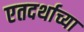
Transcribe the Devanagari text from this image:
एतदर्थाच्या